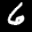
Label: 6